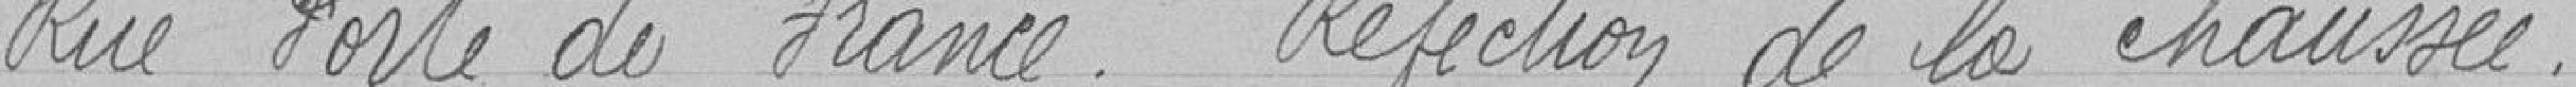
Rue Porte de France. Réfection de la chaussée.